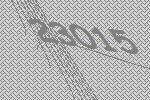
23015